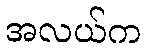
အလယ်က